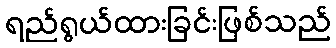
ရည်ရွယ်ထားခြင်းဖြစ်သည်